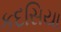
કદસિયા